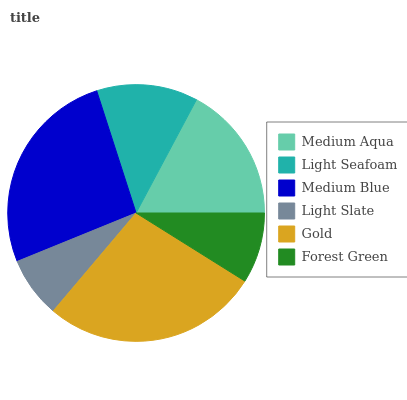
| Medium Aqua | Light Seafoam | Medium Blue | Light Slate | Gold | Forest Green |
 | --- | --- | --- | --- | --- | --- |
 | 17.2% | 12.8% | 26.3% | 7.67% | 27.2% | 8.9% |